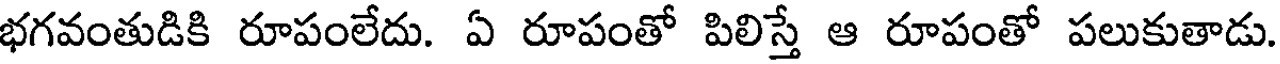
భగవంతుడికి రూపంలేదు. ఏ రూపంతో పిలిస్తే ఆ రూపంతో పలుకుతాడు